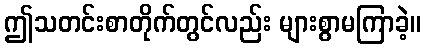
ဤသတင်းစာတိုက်တွင်လည်း များစွာမကြာခဲ့။